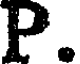
P.